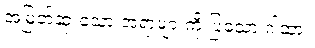
အမြတ်ဆုံးသော အရာများကို ပြသော ဂါထာ။